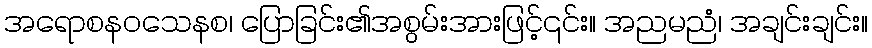
အရောစနဝသေနစ၊ ပြောခြင်း၏အစွမ်းအားဖြင့်၎င်း။ အညမညံ၊ အချင်းချင်း။